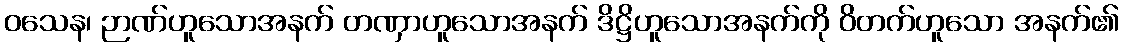
ဝသေန၊ ဉာဏ်ဟူသောအနက် တဏှာဟူသောအနက် ဒိဋ္ဌိဟူသောအနက်ကို ဝိတက်ဟူသော အနက်၏